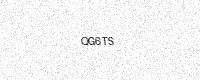
Text: QG6TS